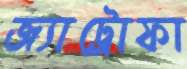
জ্যাট্রোফা